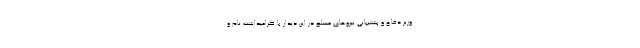
وزیر دفاع و پشتیبانی نیروهای مسلح در این دیدار با گرامیداشت نام و